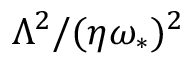
\Lambda ^ { 2 } / ( \eta \omega _ { \ast } ) ^ { 2 }